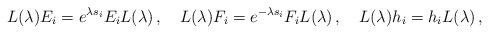
LaTeX: \begin{align*}L(\lambda) E_i=e^{\lambda s_i}E_i L(\lambda)\,,~~~L(\lambda) F_i=e^{-\lambda s_i}F_i L(\lambda)\,,~~~L(\lambda) h_i=h_i L(\lambda)\,,\end{align*}